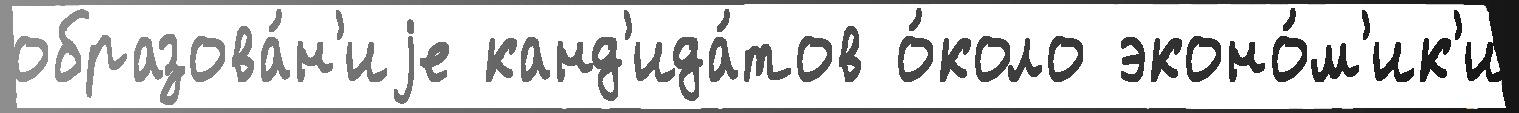
образова́н'иjе канд'ида́тов о́коло эконо́м'ик'и